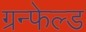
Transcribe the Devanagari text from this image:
ग्रन्फेल्ड